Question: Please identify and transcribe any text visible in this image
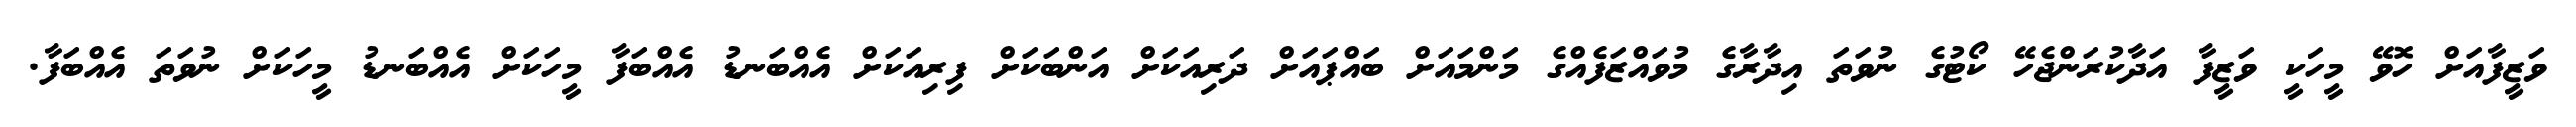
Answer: ވަޒީފާއަށް ހޮވޭ މީހަކީ ވަޒީފާ އަދާކުރަންޖެހޭ ކޯޓުގެ ނުވަތަ އިދާރާގެ މުވައްޒަފެއްގެ މަންމައަށް ބައްޕައަށް ދަރިއަކަށް އަންބަކަށް ފިރިއަކަށް އެއްބަނޑު އެއްބަފާ މީހަކަށް އެއްބަނޑު މީހަކަށް ނުވަތަ އެއްބަފާ.